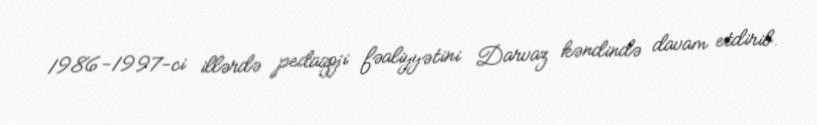
1986-1997-ci illərdə pedaqoji fəaliyyətini Darvaz kəndində davam etdirib.